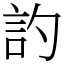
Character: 訋